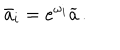
\bar { a } _ { i } = e ^ { \omega _ { i } } \widetilde { a } \, .